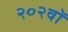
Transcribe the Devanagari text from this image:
२०२वॉ